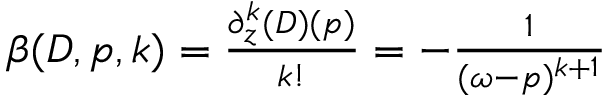
\begin{array} { r } { \beta ( D , p , k ) = \frac { \partial _ { z } ^ { k } ( D ) ( p ) } { k ! } = - \frac { 1 } { ( \omega - p ) ^ { k + 1 } } } \end{array}